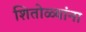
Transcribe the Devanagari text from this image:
शितोळ्यांना